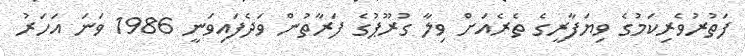
ފަތުރުވެރިކަމުގެ ވިޔަފާރީގެ ތެރެއަށް ވިލާ ގުރޫޕުގެ ފަރާތުން ވަދެފައިވަނީ 1986 ވަނަ އަހަރު